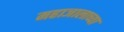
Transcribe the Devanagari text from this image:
महाजालाच्या